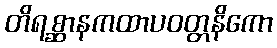
တိရစ္ဆာနကထာပဝတ္တနိကော